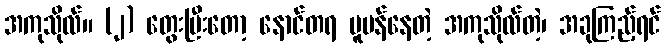
အကုသိုလ်။ (၂) တွေးပြီးတော့ နောင်တရ ပူပန်နေတဲ့ အကုသိုလ်တဲ့၊ အခုကြည့်ရင်